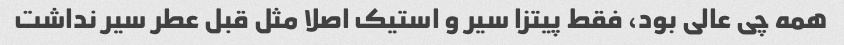
همه چی عالی بود، فقط پیتزا سیر و استیک اصلا مثل قبل عطر سیر نداشت